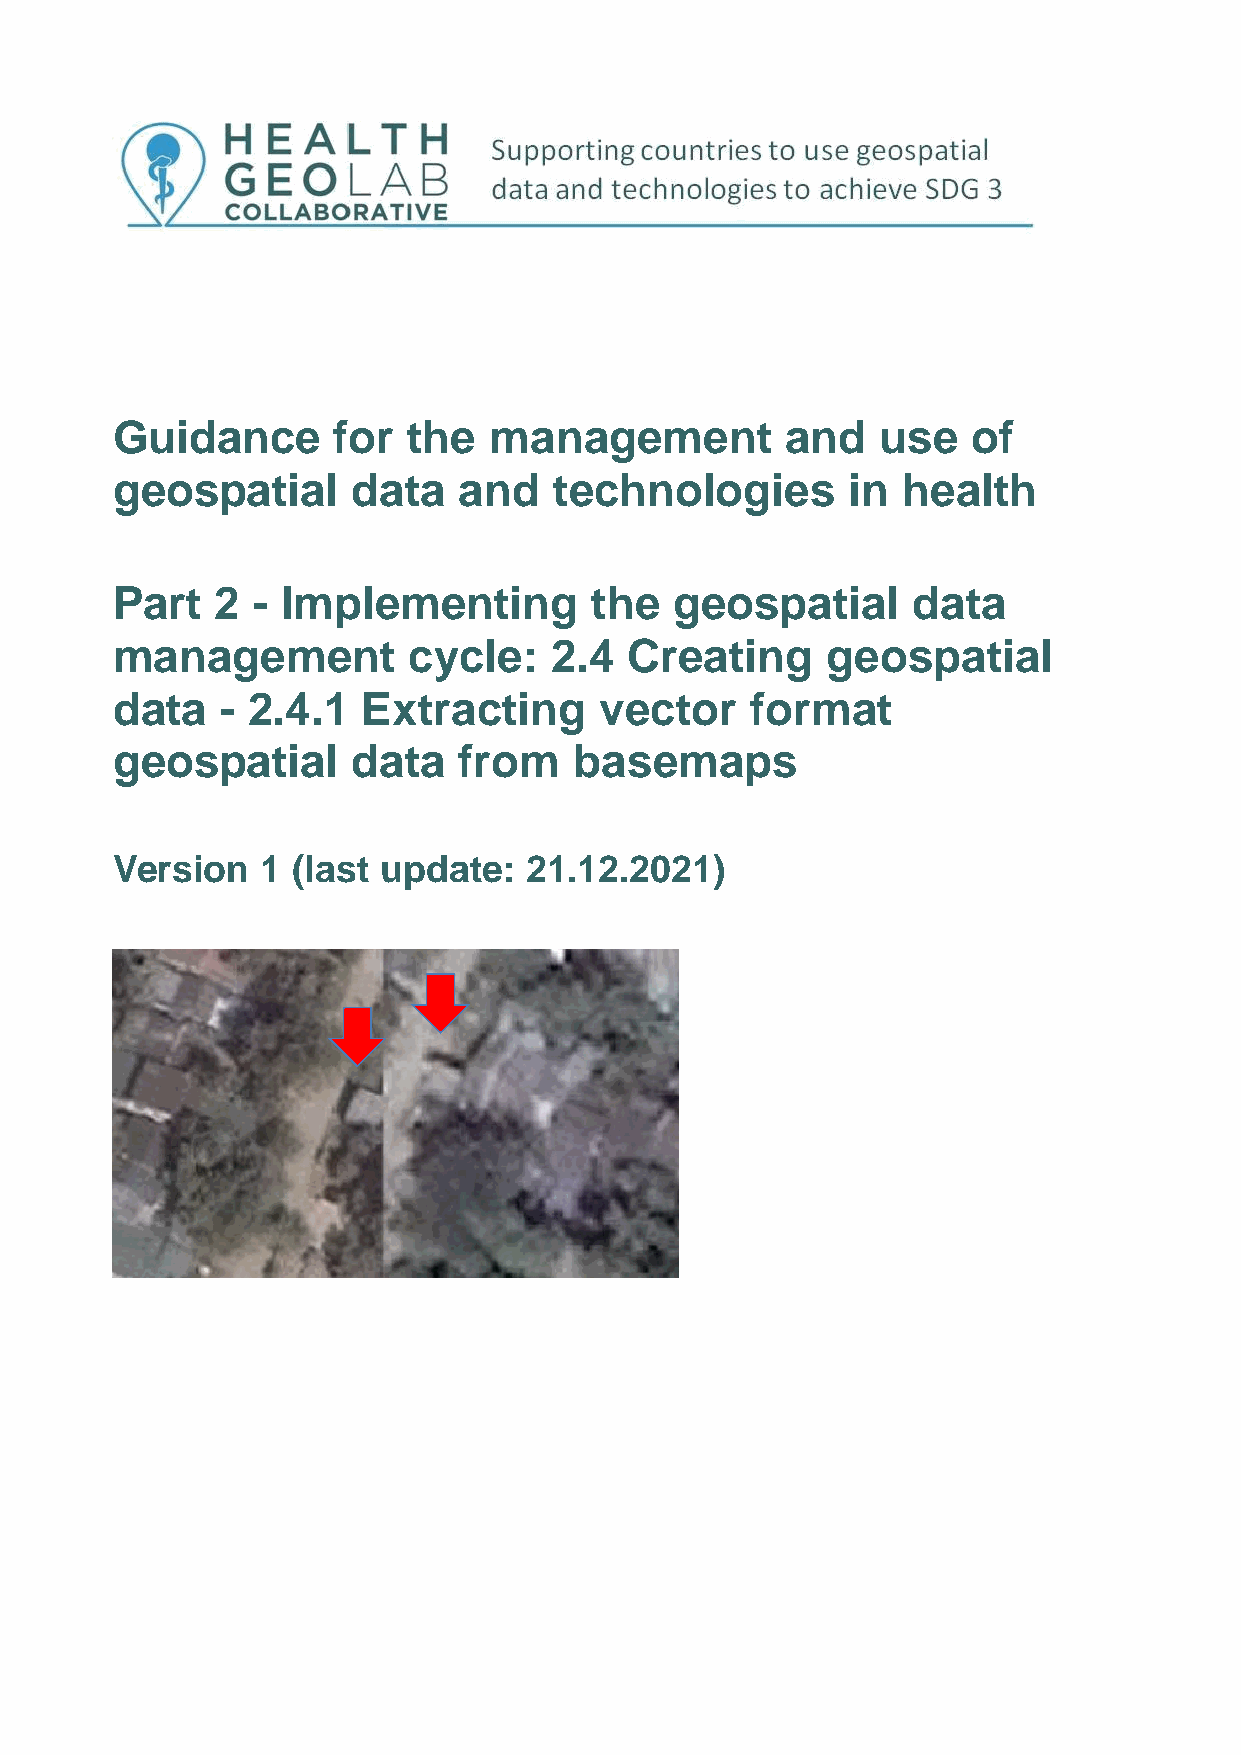
Guidance       for  the  management          and   use   of
 geospatial      data   and    technologies       in  health
 Part   2  - Implementing        the   geospatial     data
 management          cycle:   2.4   Creating     geospatial
 data    - 2.4.1  Extracting      vector    format
 geospatial      data   from    basemaps
 Version   1 (last update:   21.12.2021)